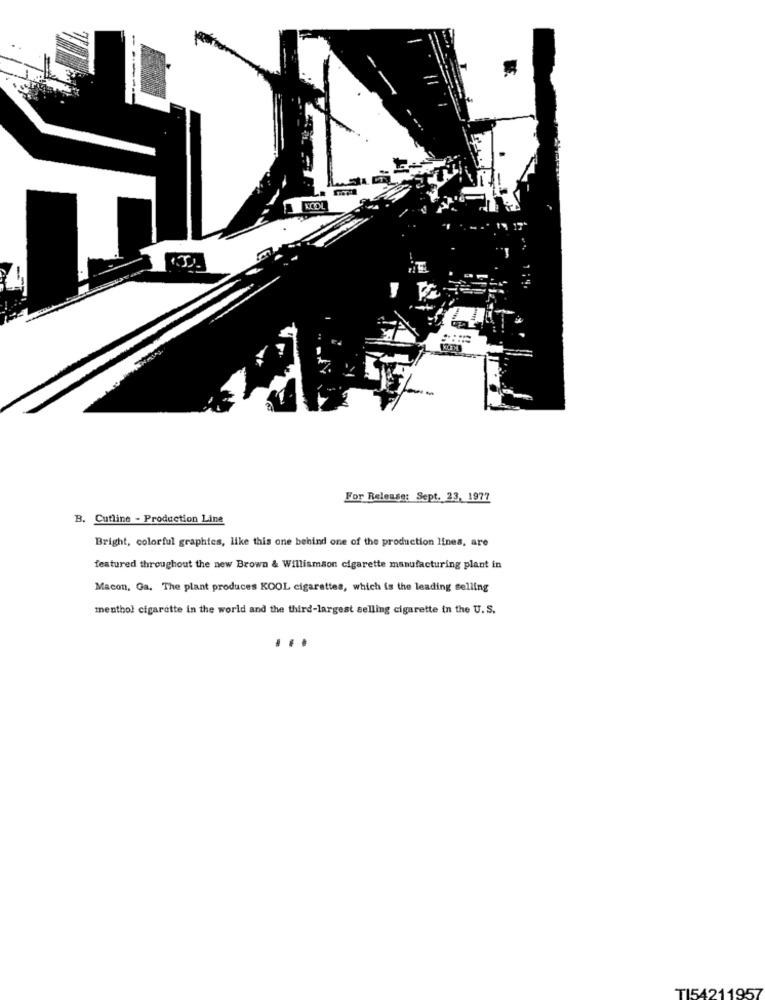
KOOL
For Release: Sept. 23, 1977
B. Cutline - Production Line
Bright, colorful graphies, like this one behind one of the production lines, are
featured throughout the new Brown & Williamson cigarette manufacturing plant in
Macon, Ga. The plant produces KOOL cigarettes, which is the leading selling
menthol cigarette in the world and the third-largest selling cigarette in the U. S.
...
TI54211957